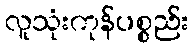
လူသုံးကုန်ပစ္စည်း